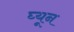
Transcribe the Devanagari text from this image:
घ्यून